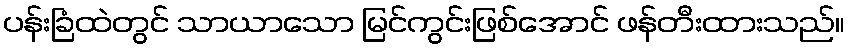
ပန်းခြံထဲတွင် သာယာသော မြင်ကွင်းဖြစ်အောင် ဖန်တီးထားသည်။